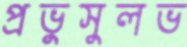
প্রভুসুলভ